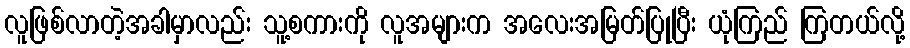
လူဖြစ်လာတဲ့အခါမှာလည်း သူ့စကားကို လူအများက အလေးအမြတ်ပြုပြီး ယုံကြည် ကြတယ်လို့